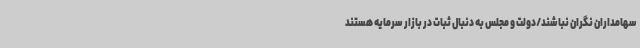
سهامداران نگران نباشند/دولت و مجلس به دنبال ثبات در بازار سرمایه هستند